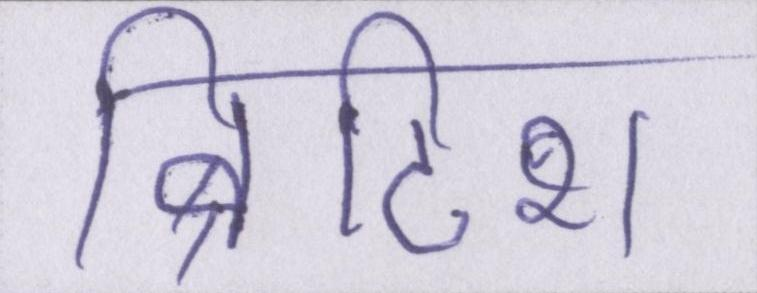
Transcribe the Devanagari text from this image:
ब्रिटिश